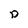
Character: D